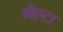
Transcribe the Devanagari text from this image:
गेएटा